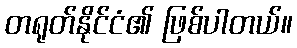
တရုတ်နိုင်ငံ၏ ဖြစ်ပါတယ်။